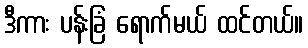
ဒီကား ပန်းခြံ ရောက်မယ် ထင်တယ်။